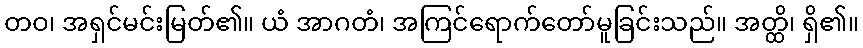
တဝ၊ အရှင်မင်းမြတ်၏။ ယံ အာဂတံ၊ အကြင်ရောက်တော်မူခြင်းသည်။ အတ္ထိ၊ ရှိ၏။